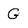
Character: G